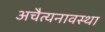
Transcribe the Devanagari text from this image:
अचैत्यनावस्था